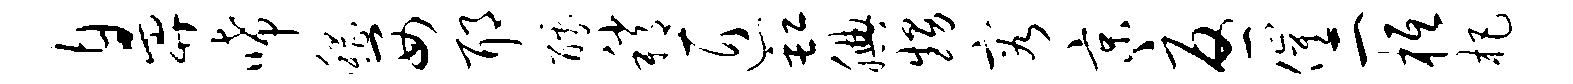
鼻唏稽西耶醵稍匠缸腆甥容京忧催二柢杷